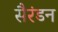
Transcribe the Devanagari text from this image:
सैरंडन